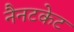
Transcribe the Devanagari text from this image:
नैनटकेट